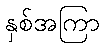
နှစ်အကြာ